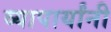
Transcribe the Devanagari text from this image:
व्यापार्यांनी